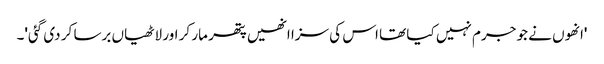
'انھوں نے جو جرم نہیں کیا تھا اس کی سزا انھیں پتھر مار کر اور لاٹھیاں برسا کر دی گئی'۔